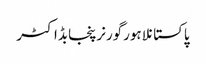
پاکستانلاہورگورنرپنجابڈاکٹر